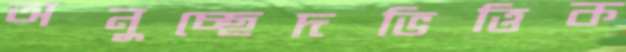
অনুচ্ছেদভিত্তিক